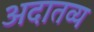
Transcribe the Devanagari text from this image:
अदातव्य